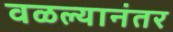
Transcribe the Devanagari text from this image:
वळल्यानंतर